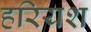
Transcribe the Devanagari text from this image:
हरियश